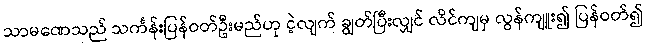
သာမဏေသည် သင်္ကန်းပြန်ဝတ်ဦးမည်ဟု ငဲ့လျက် ချွတ်ပြီးလျှင် လိင်ကျမှ လွန်ကျူး၍ ပြန်ဝတ်၍